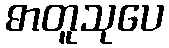
ဓာတူသုပေ